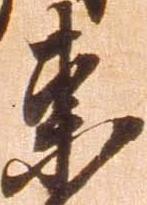
東